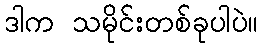
ဒါက သမိုင်းတစ်ခုပါပဲ။